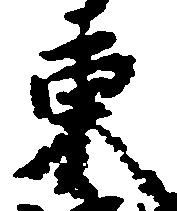
東